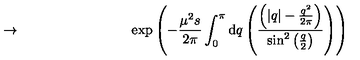
\to \qquad \qquad \qquad \qquad \exp \left( - \frac { \mu ^ { 2 } s } { 2 \pi } \int _ { 0 } ^ { \pi } \mathrm { d } q \left( \frac { \left( \left| q \right| - \frac { q ^ { 2 } } { 2 \pi } \right) } { \sin ^ { 2 } \left( \frac { q } { 2 } \right) } \right) \right)